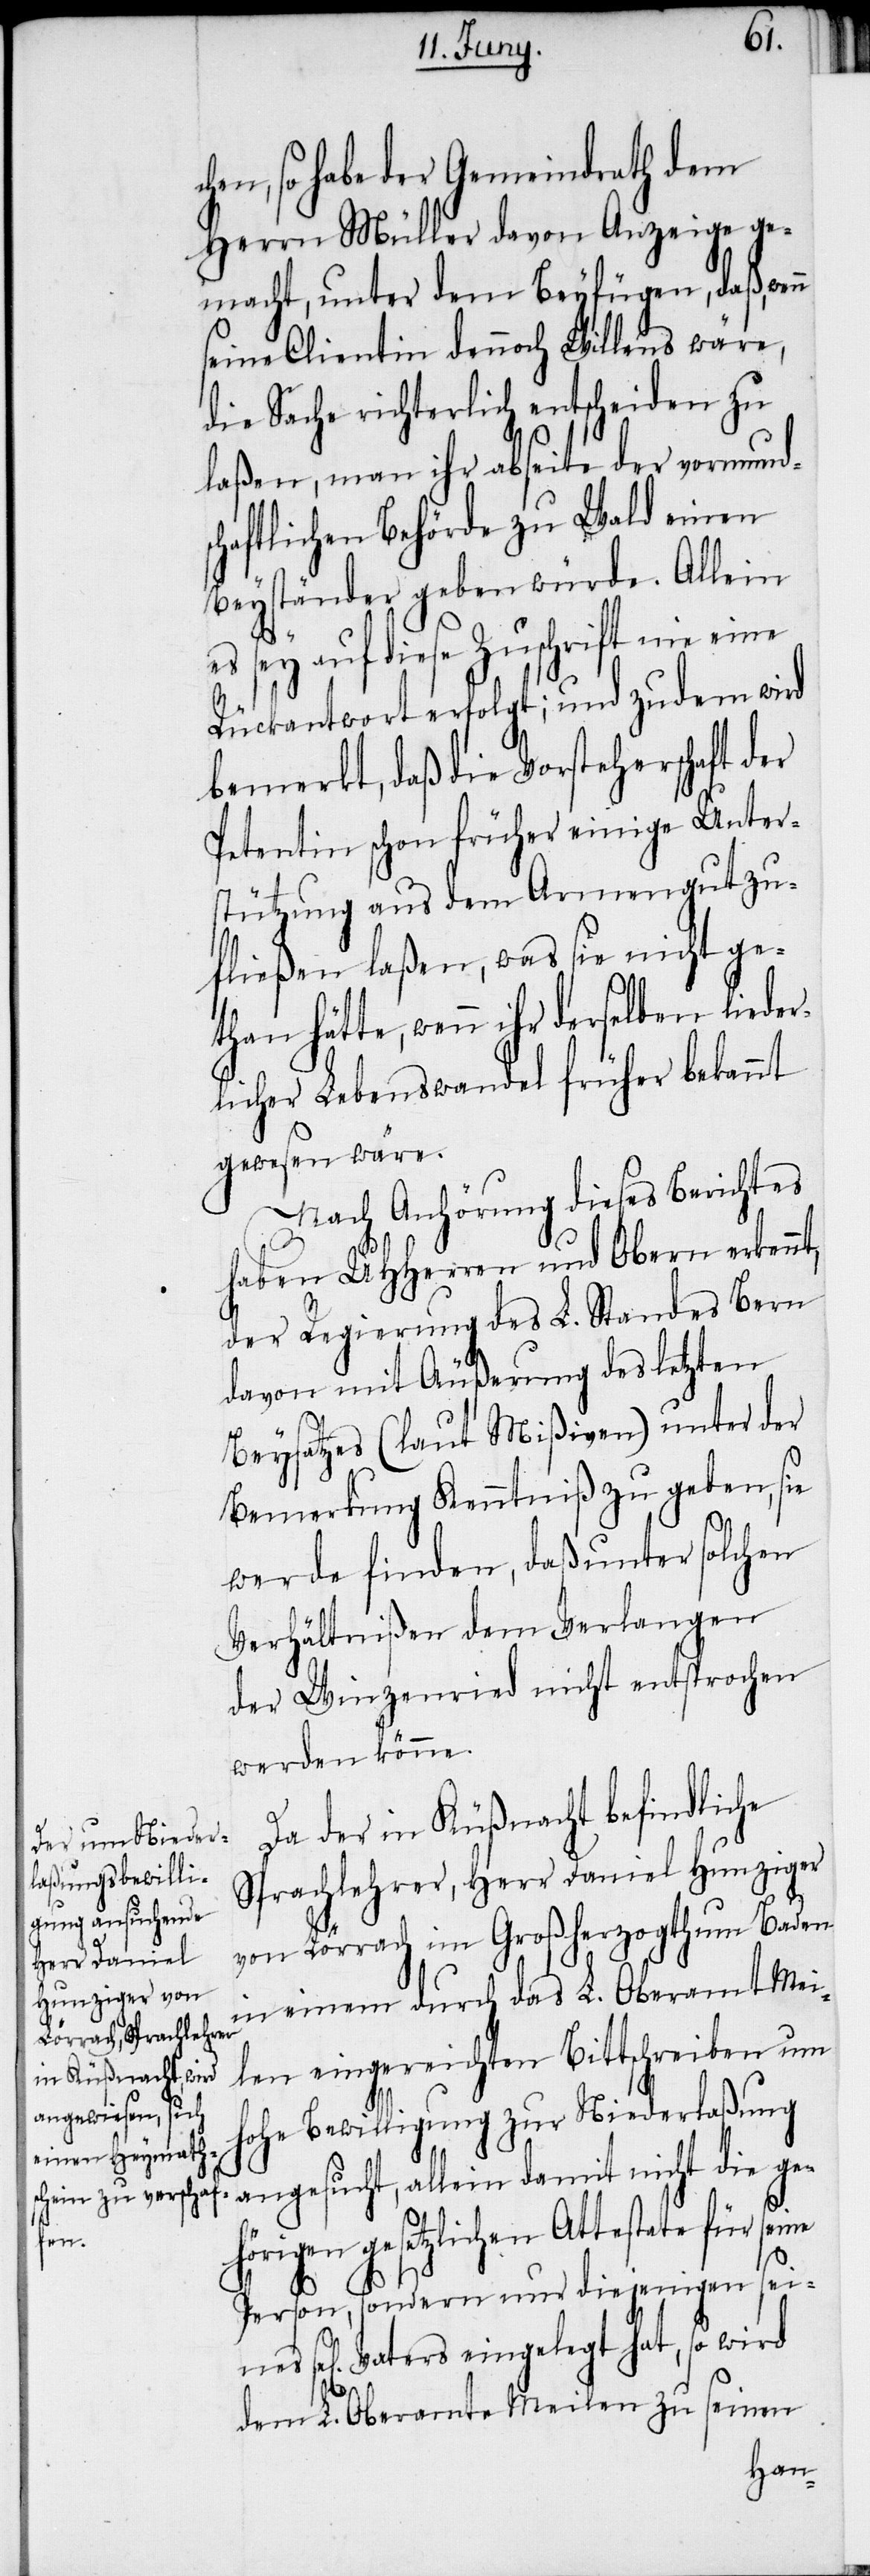
se¬

hen, so habe der Gemeindrath dem
Herrn Müller davon Anzeige ge¬
macht, unter dem Beyfügen, daß, wenn
seine Clientin dennoch Willens wäre,
die Sache richterlich entscheiden zu
laßen, man ihr abseite der vormund¬
schaftlichen Behörde zu Wald einen
Beyständer geben würde. Allein
es sey auf diese Zuschrift nie eine
Rückantwort erfolgt; und zudem wird
bemerkt, daß die Vorsteherschaft der
Petentin schon früher einige Unter¬
stützung aus dem Armengut zu¬
fließen laßen, was sie nicht ge¬
licher Lebenswandel früher bekannt
gewesen wäre.
Nach Anhörung dieses Berichtes
haben UHHerren und Obern erkennt,
der Regierung des L. Standes Bern
davon mit Äußerung des letzten
Beysatzes (laut Mißiven) unter der
Bemerkung Kenntniß zu geben, sie
werde finden, daß unter solchen
Verhältnißen dem Verlangen
der Winzenried nicht entsprochen
werden könne.
Da der in Küßnacht befindliche
Sprachlehrer, Herr Daniel Hunziger
von Lörrach im Großherzogthum Baden
in einem durch das L. Oberamt Mei¬
len eingereichten Bittschreiben um
hohe Bewilligung zur Niederlaßung
angesucht, allein damit nicht die geh¬
örigen gesetzlichen Attestate für
Person, sondern nur diejenigen seines
l[igen] Vaters eingelegt hat, so wird
dem L. Oberamte Meilen zu seinen
than